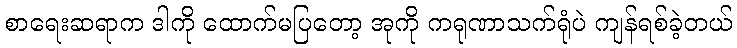
စာရေးဆရာက ဒါကို ထောက်မပြတော့ အုကို ကရုဏာသက်ရုံပဲ ကျန်ရစ်ခဲ့တယ်